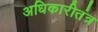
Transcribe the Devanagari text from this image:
अधिकारीतंत्र